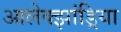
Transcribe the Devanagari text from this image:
आलेक्झांड्रिया